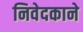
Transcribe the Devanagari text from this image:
निवेदकाने